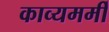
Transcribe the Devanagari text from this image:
काव्यमर्मी